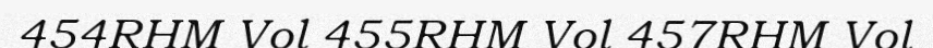
454RHM Vol 455RHM Vol 457RHM Vol